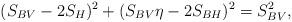
LaTeX: \begin{align*}(S_{BV}-2 S_H)^2+ (S_{BV} \eta - 2 S_{BH})^2=S_{BV}^2,\end{align*}